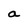
Character: a